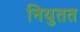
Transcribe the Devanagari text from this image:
नियुतत